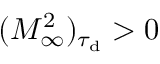
( M _ { \infty } ^ { 2 } ) _ { \tau _ { \mathrm { d } } } > 0